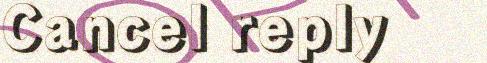
Cancel reply